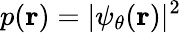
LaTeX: p(\mathbf{r})=|\psi_{\theta}(\mathbf{r})|^{2}